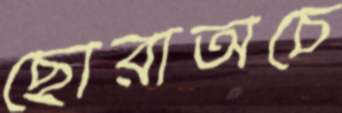
ছোরাঅচে